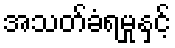
အသတ်ခံရမှုနှင့်